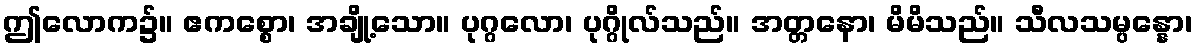
ဤလောက၌။ ဧကစ္စော၊ အချို့သော။ ပုဂ္ဂလော၊ ပုဂ္ဂိုလ်သည်။ အတ္တနော၊ မိမိသည်။ သီလသမ္ပန္နော၊